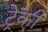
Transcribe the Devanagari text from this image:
ट्रेकी